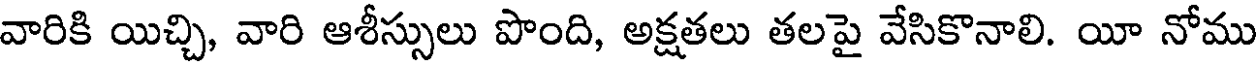
వారికి యిచ్చి, వారి ఆశీస్సులు పొంది, అక్షతలు తలపై వేసికొనాలి. యీ నోము